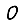
Digit: 0